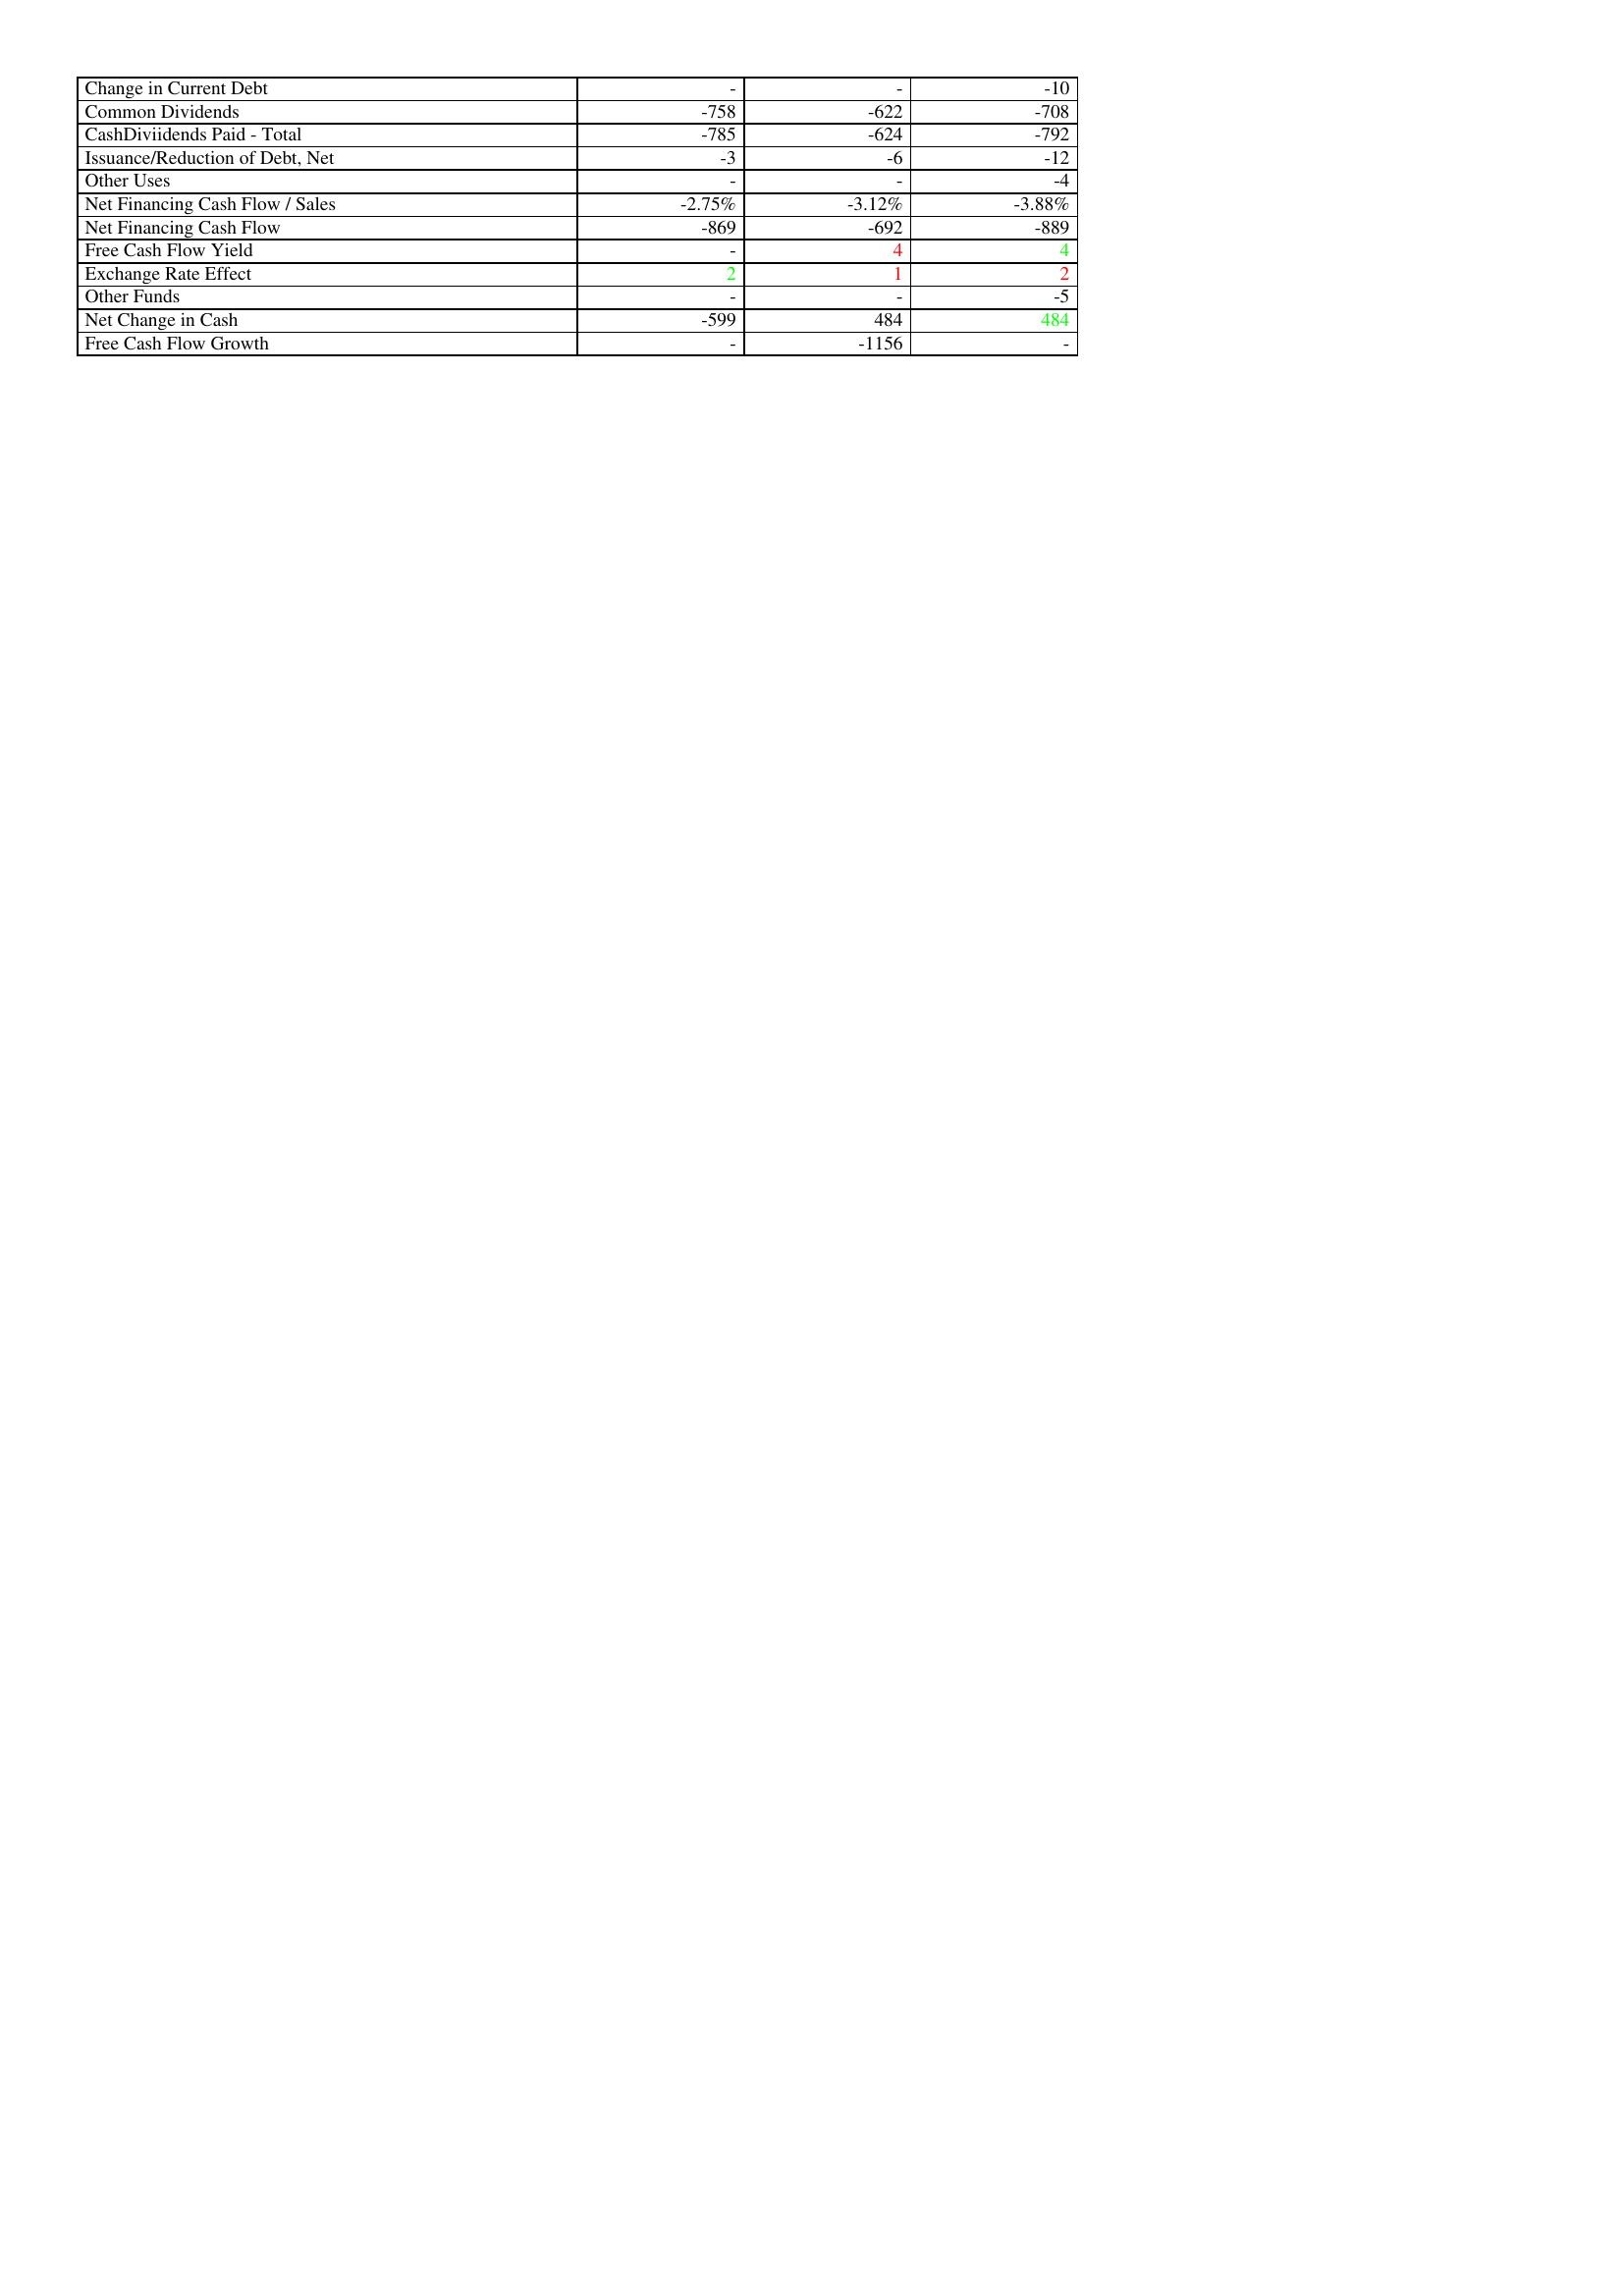
gt_parse: 2010: Financing Activities: Change in Current Debt: -
Common Dividends: -758
CashDiviidends Paid - Total: -785
Issuance/Reduction of Debt, Net: -3
Other Uses: -
Net Financing Cash Flow / Sales: -2.75%
Net Financing Cash Flow: -869
Free Cash Flow Yield: -
Exchange Rate Effect: 2
Other Funds: -
Net Change in Cash: -599
Free Cash Flow Growth: -
2011: Financing Activities: Change in Current Debt: -
Common Dividends: -622
CashDiviidends Paid - Total: -624
Issuance/Reduction of Debt, Net: -6
Other Uses: -
Net Financing Cash Flow / Sales: -3.12%
Net Financing Cash Flow: -692
Free Cash Flow Yield: 4
Exchange Rate Effect: 1
Other Funds: -
Net Change in Cash: 484
Free Cash Flow Growth: -1156
2012: Financing Activities: Change in Current Debt: -10
Common Dividends: -708
CashDiviidends Paid - Total: -792
Issuance/Reduction of Debt, Net: -12
Other Uses: -4
Net Financing Cash Flow / Sales: -3.88%
Net Financing Cash Flow: -889
Free Cash Flow Yield: 4
Exchange Rate Effect: 2
Other Funds: -5
Net Change in Cash: 484
Free Cash Flow Growth: -